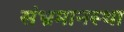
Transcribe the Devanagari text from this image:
संभ्रमानस्था